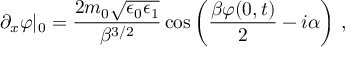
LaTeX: \partial _ { x } \varphi | _ { 0 } = \frac { 2 m _ { 0 } \sqrt { \epsilon _ { 0 } \epsilon _ { 1 } } } { \beta ^ { 3 / 2 } } \cos \left( \frac { \beta \varphi ( 0 , t ) } { 2 } - i \alpha \right) \, ,